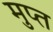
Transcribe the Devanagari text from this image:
मुप्त